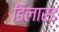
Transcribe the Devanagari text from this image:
डिलार्ड